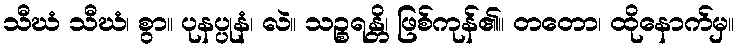
သီဃံ သီဃံ၊ စွာ။ ပုနပ္ပုနံ၊ လဲ။ သဉ္စရန္တိ၊ ဖြစ်ကုန်၏။ တတော၊ ထိုနောက်မှ။